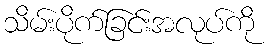
သိမ်းပိုက်ခြင်းအလုပ်ကို